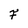
Character: F